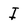
Character: I